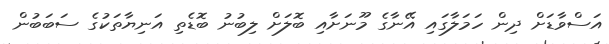
އަސްވާޑަށް ދިން ހަމަލާގައި އޭނާގެ މޫނަށާއި ބޮލަށް ލިބުނު ބޮޑެތި އަނިޔާތަކުގެ ސަބަބުން